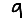
Digit: 9